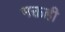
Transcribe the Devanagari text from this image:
भक्तही